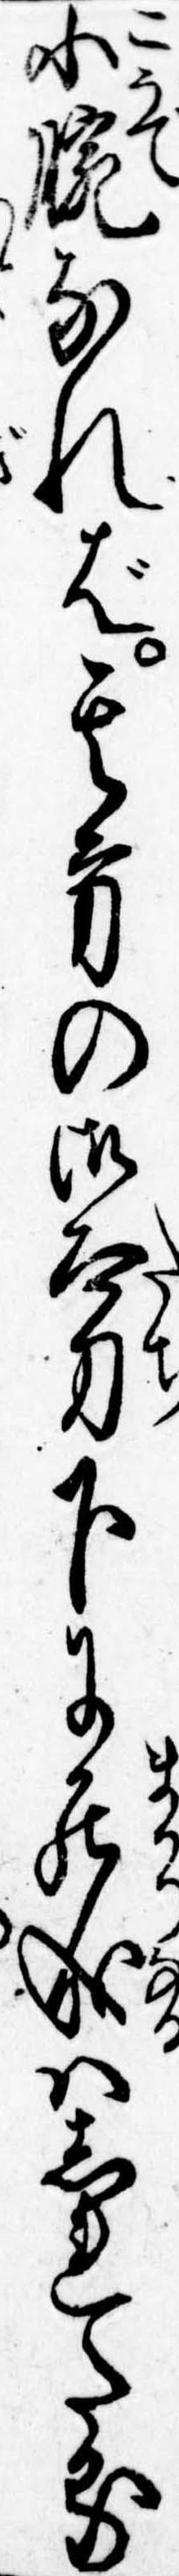
小腕なれば其方の御太刀下に罷成はしれたる